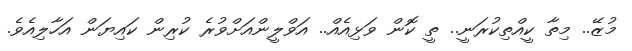
މުޒޭ.. މިތާ ކީއްތިކުރަނީ.. ތީ ކޮން ވަޅިއެއް.. އަވްލީންއަށްވުރެ ކުރިން ކައިޔަން އަހާލިއެވެ.